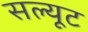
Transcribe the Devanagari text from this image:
सल्यूट